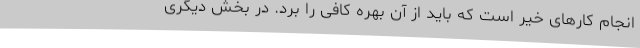
انجام کارهای خیر است که باید از آن بهره کافی را برد. در بخش دیگری